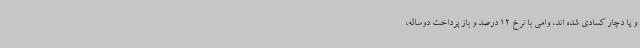
و یا دچار کسادی شده اند، وامی با نرخ 12 درصد و باز پرداخت دوساله،